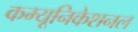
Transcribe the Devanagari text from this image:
कम्यूनिकेशनल